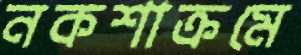
নকশাক্রমে